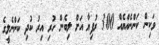
ވަކިން ކަންނެއްޔެއް 300 ރުފިޔާ އަށް ލިބެން ހުރި އިރު ކުދި ކަންނެލީގެ